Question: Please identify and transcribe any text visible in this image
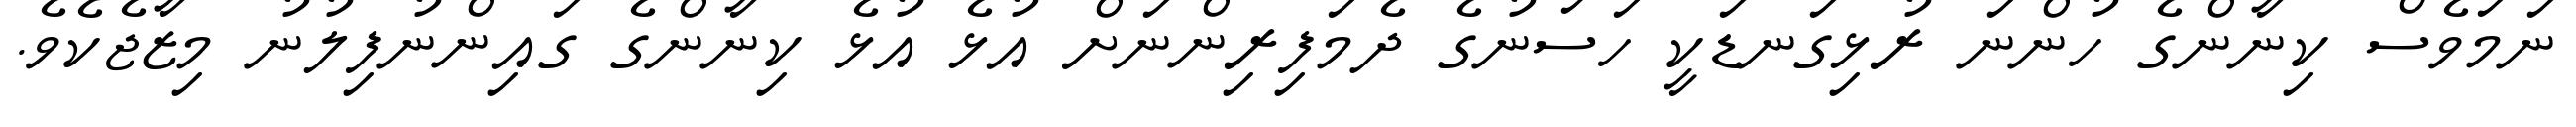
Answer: ނަމަވެސް ކިނާންގެ ހުންނަ ރުޅިގަނޑަކީ ހަސަނުގެ ދެމަފިރިންނަށް އުޅެ އުޅެ ކިނާންގެ ގައިންނުފިލުނު މިޒާޖެކެވެ.